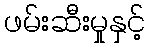
ဖမ်းဆီးမှုနှင့်